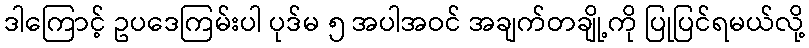
ဒါကြောင့် ဥပဒေကြမ်းပါ ပုဒ်မ ၅ အပါအဝင် အချက်တချို့ကို ပြုပြင်ရမယ်လို့